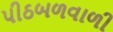
પીઠબળવાળી